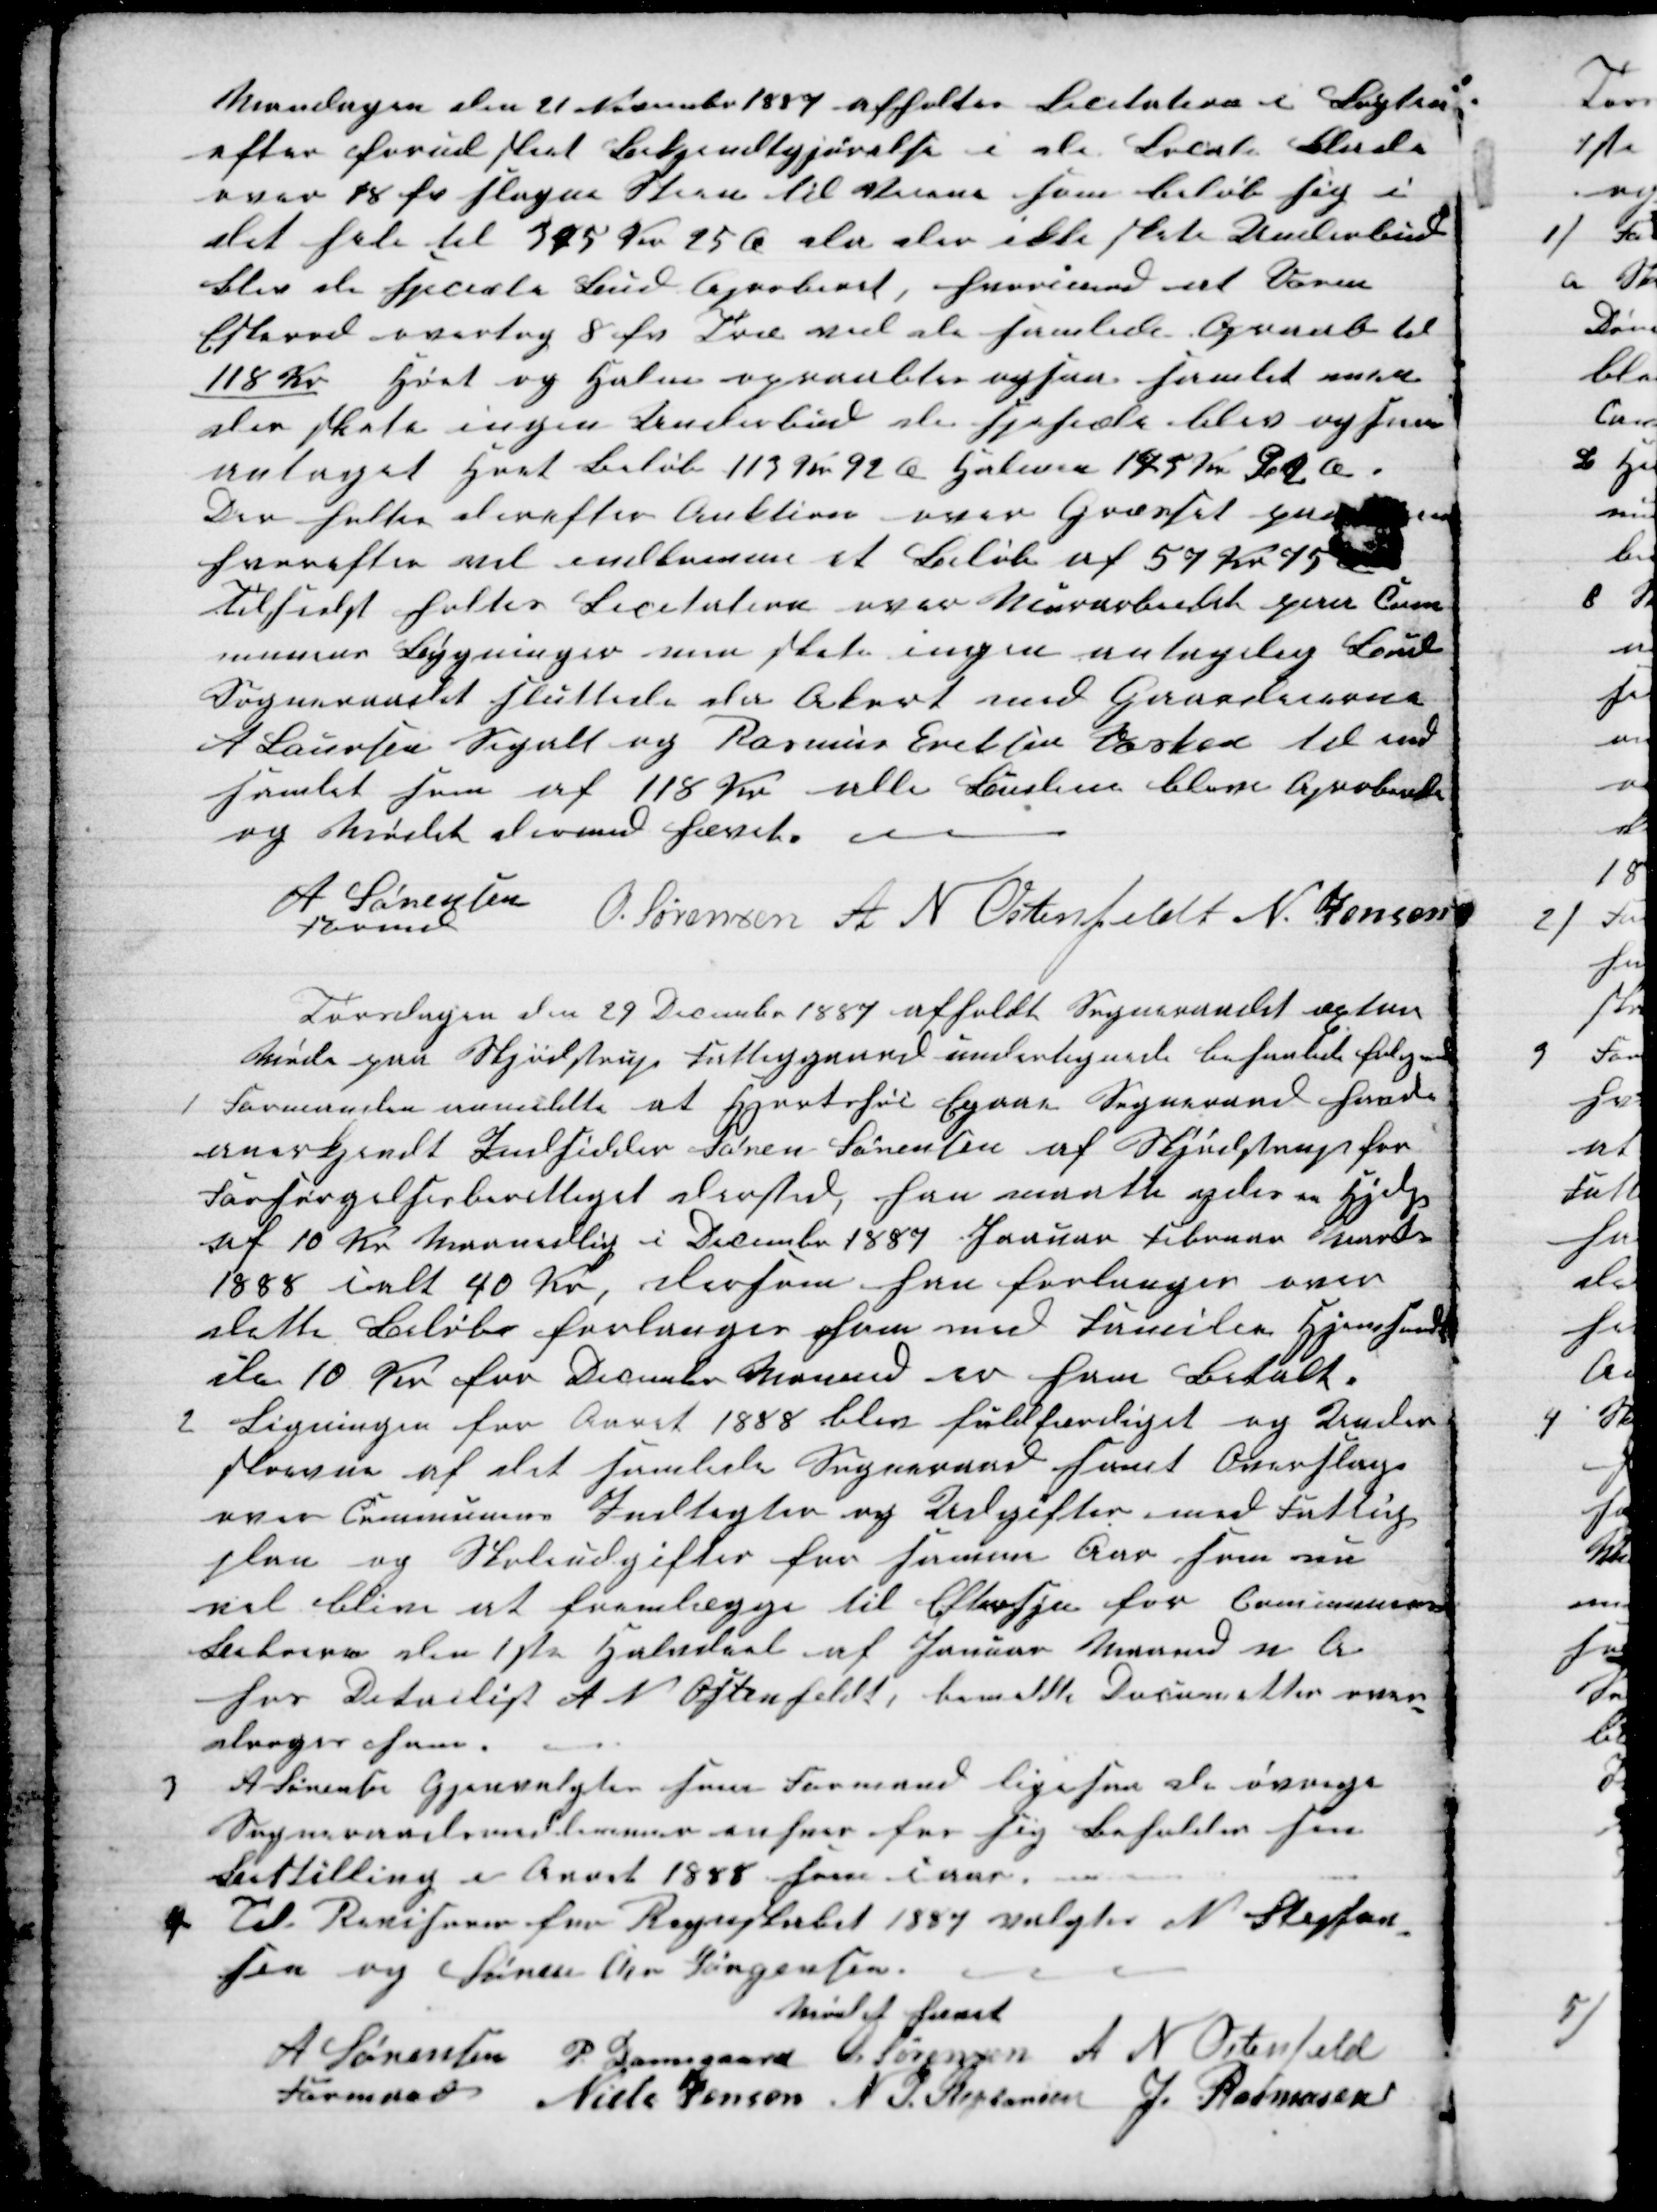
Transskription:
Mandagen den 21 November 1887 afholtes Licitation i Løgten
efter forud sket Bekjendtgjørelse i de Lokale Blade
over 18 fv slagne Steen til Veiene som beløb sig i
det hele til 375 Kr 25 Ø da der ikke skete Underbud
blev de speciæle Bud Aproberet, hvorimod at Vorm
Eftered overtog 8 fv Træ ved de samlede Opraab til
118 Kr  Høet og Halm ograabtes ogsaa samlet men
der skete ingen Underbud den spehiæle blev og som
untaget Høet Beløb 113 Kr 92 Ø Halmen 145 Kr. 92 Ø.
Der holtes derefter Auktion over Græsset paa Veiene
hvorefter vil indkomme et Beløb af 57 Kr 75 Ø
Tilsidst holtes Licitation over Murerarbeidet paa Com-
munens Bygninger men skete ingen antagelig Bud
Sogneraadet sluttede da Akort med Gaardeierne
A Laursen Segalt og Rasmus Eriksen Vasken til end
samlet sum af 118 Kr alle Budene blev aproberede
og Mødet dermed hævet.
A Sørensen
Formand
O. Sørensen A N Ostenfeldt N. Jensen
Torsdagen den 29 December 1887 afholdt Sogneraadet æxtra
Møde fra Skjødstrup Fattiggaard undertegnede behanlede følgende
1 Formanden anmeldte at Hjortshøi Egaa Sogneraad havde
anerkjendt Indsidder Søren Sørensen af Skjødstrup for
Forsørgelsesberettiget dersted, han maatte ydes en Hjælp
af 10 Kr Maanedlig i December 1887 Januar Februar Marts
1888 ialt 40 Kr, dersom han forlanger over
dette Beløb forlanges han med Familie Hjemsendt
de 10 Kr for December Maaned er ham Betalt.
2 Ligningen for Aaret 1888 blev fuldfærdiget og Under-
skreven af det samlede Sogneraad samt Overslag
over Communens Indtægter og Udgifter med Fattig-
plan og Skoleudgifter for samme Aar, som nu
vil blive at fremlægge til Eftersyn for Communens
Beboere den 1ste Halvdeel af Januar Maaned n. A.
hos Detailist A N Ostenfeldt, bemeldte Documetter over-
droges ham.
3  A Sørensen Gjenvalgtes som Formand ligesom de øvrige
Sogneraadsmedlemmers ansvar for sig Beholder sin
Bestilling i Aaret 1888 som iaar.
4 Til Revisorer fra Regnskabet 1887 valgtes N. Stepfan-
sen og Søren Chr Jørgensen.
Mødet hævet
A Sørensen 
Formand
P. Damsgaard O. Sørensen A N Ostenfeld
Niels Jensen N P. Stephansen J. Rasmusen